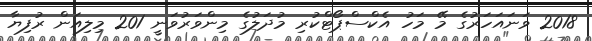
2018 ވަނައަހަރުގެ މޭ މަހު އެކްސްޕޯޓްކުރި މުދަލުގެ މިންވަރުވަނީ 201 މިލިއަން ރުފިޔާ